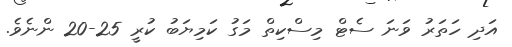
އަދި ހަތަރު ވަނަ ސެޓް މިސްކިތް މަގު ކަމިޔަބު ކުރީ 25-20 ންނެވެ.